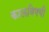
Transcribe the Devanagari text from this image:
कालविषयी